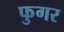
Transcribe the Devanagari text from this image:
फुगर